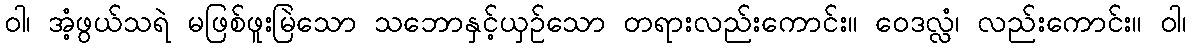
ဝါ၊ အံ့ဖွယ်သရဲ မဖြစ်ဖူးမြဲသော သဘောနှင့်ယှဉ်သော တရားလည်းကောင်း။ ဝေဒလ္လံ၊ လည်းကောင်း။ ဝါ၊